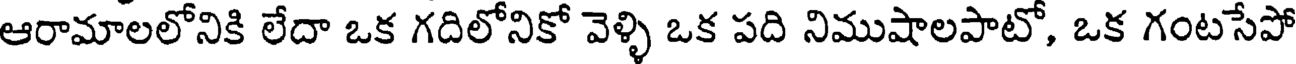
ఆరామాలలోనికి లేదా ఒక గదిలోనికో వెళ్ళి ఒక పది నిముషాలపాటో, ఒక గంటసేపో